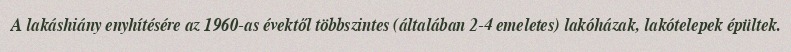
A lakáshiány enyhítésére az 1960-as évektől többszintes (általában 2-4 emeletes) lakóházak, lakótelepek épültek.